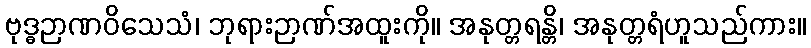
ဗုဒ္ဓဉာဏဝိသေသံ၊ ဘုရားဉာဏ်အထူးကို။ အနုတ္တရန္တိ၊ အနုတ္တရံဟူသည်ကား။